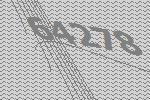
64278